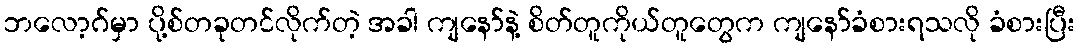
ဘလော့ဂ်မှာ ပို့စ်တခုတင်လိုက်တဲ့ အခါ ကျနော်နဲ့ စိတ်တူကိုယ်တူတွေက ကျနော်ခံစားရသလို ခံစားပြီး